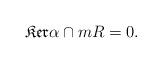
LaTeX: \begin{align*}\mathfrak{Ker}\alpha\cap mR=0.\end{align*}